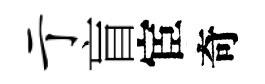
亍盲宦奇